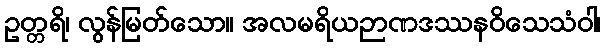
ဥတ္တရိ၊ လွန်မြတ်သော။ အလမရိယဉာဏဒဿနဝိသေသံဝါ၊